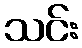
သင်း